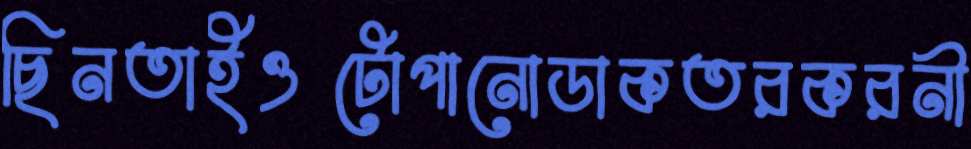
ছিনতাইওটোপানোডাকতরকরনী